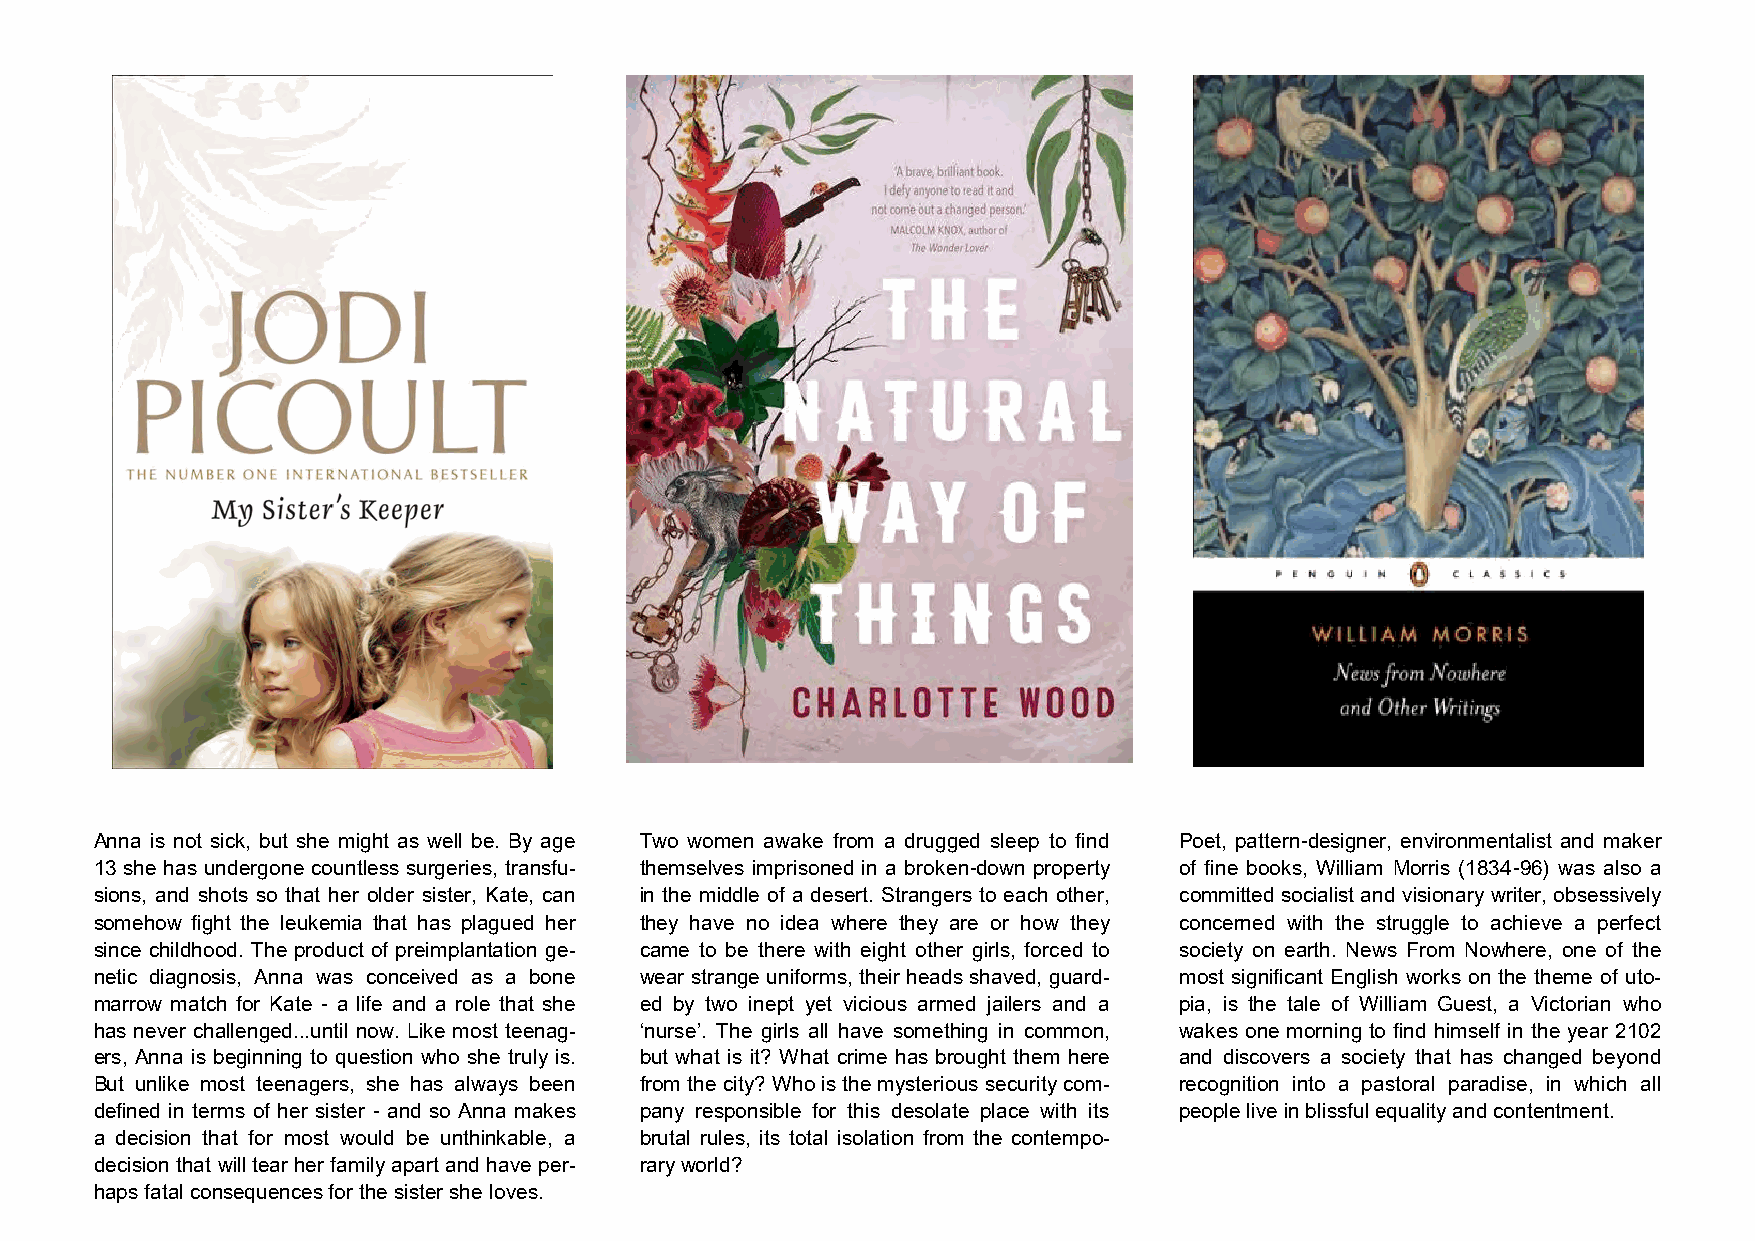
Anna is not sick, but she might as well be. By age Two women awake from a drugged sleep to find Poet, pattern-designer, environmentalist and maker
 13 she has undergone countless surgeries, transfu- themselves imprisoned in a broken-down property of fine books, William Morris (1834-96) was also a
 sions, and shots so that her older sister, Kate, can in the middle of a desert. Strangers to each other, committed socialist and visionary writer, obsessively
 somehow fight the leukemia that has plagued her they have no idea where they are or how they concerned with the struggle to achieve a perfect
 since childhood. The product of preimplantation ge- came to be there with eight other girls, forced to society on earth. News From Nowhere, one of the
 netic diagnosis, Anna was conceived as a bone wear strange uniforms, their heads shaved, guard- most significant English works on the theme of uto-
 marrow match for Kate - a life and a role that she ed by two inept yet vicious armed jailers and a pia, is the tale of William Guest, a Victorian who
 has never challenged...until now. Like most teenag- ‘nurse’. The girls all have something in common, wakes one morning to find himself in the year 2102
 ers, Anna is beginning to question who she truly is. but what is it? What crime has brought them here and discovers a society that has changed beyond
 But unlike most teenagers, she has always been from the city? Who is the mysterious security com- recognition into a pastoral paradise, in which all
 defined in terms of her sister - and so Anna makes pany responsible for this desolate place with its people live in blissful equality and contentment.
 a decision that for most would be unthinkable, a brutal rules, its total isolation from the contempo-
 decision that will tear her family apart and have per- rary world?
 haps fatal consequences for the sister she loves.